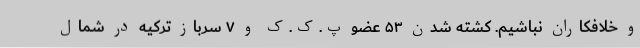
و خلافکاران نباشیم. کشته شدن ۵۳ عضو پ.ک.ک و ۷ سرباز ترکیه در شمال